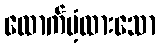
ထောက်ပံ့ထားသော